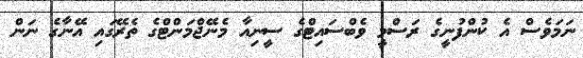
ނަމަވެސް އެ ކުންފުނީގެ ރަސްމީ ވެބްސައިޓްގެ ސީނިއާ މެނޭޖްމަންޓްގެ ތެރޭގައި އޭނާގެ ނަން